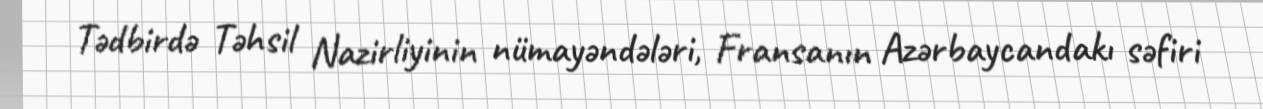
Tədbirdə Təhsil Nazirliyinin nümayəndələri, Fransanın Azərbaycandakı səfiri